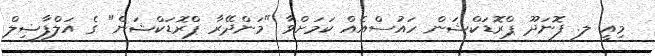
މިއީ ލ. ފޮނަދޫ ޕްރޮޑަކްޝަން ހައުސްއެއް ކަމަށްވާ "މަންދޭރާ ޕްރޮޑަކްޝަން" ގެ އަލްފާޟިލް